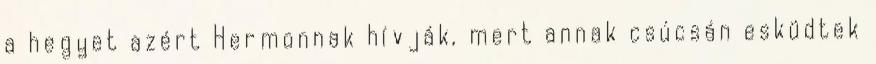
a hegyet azért Hermonnak hívják, mert annak csúcsán esküdtek